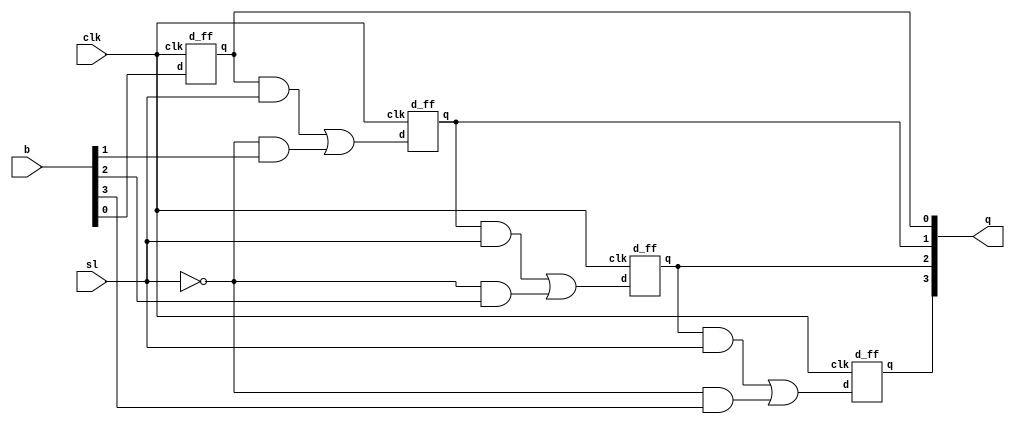
module piso(input clk,sl,input [3:0]b,output [3:0]q);
wire w1,w2,w3,w4,w5,w6,w7;
wire d1,d2,d3;
assign d1 = ((q[0]&sl)|(~sl&b[1])); 
assign d2 = ((q[1]&sl)|(~sl&b[2])); 
assign d3 = ((q[2]&sl)|(~sl&b[3])); 
d_ff DFF1(clk,b[0],q[0]);
d_ff DFF2(clk,d1,q[1]);
d_ff DFF3(clk,d2,q[2]);
d_ff DFF4(clk,d3,q[3]);
endmodule

module d_ff(input clk,d, output reg q);
always@(negedge clk) begin
q <= d;
end
endmodule